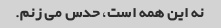
نه این همه است، حدس می زنم.